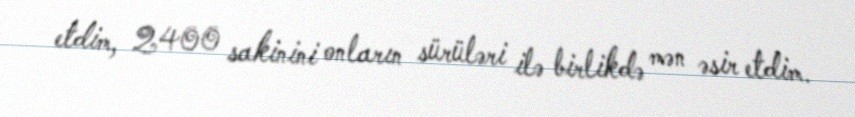
etdim, 2400 sakinini onların sürüləri ilə birlikdə mən əsir etdim.